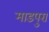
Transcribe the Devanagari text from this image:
माडपुरा